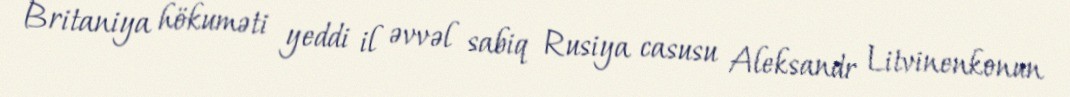
Britaniya hökuməti yeddi il əvvəl sabiq Rusiya casusu Aleksandr Litvinenkonun